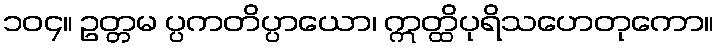
၁၀၄။ ဥတ္တမ ပ္ပကတိပ္ပာယော၊ ဣတ္ထိပုရိသဟေတုကော။